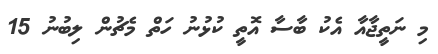
މި ނަތީޖާއާ އެކު ބާސާ އޮތީ ކުޅުނު ހަތް މެޗުން ލިބުނު 15